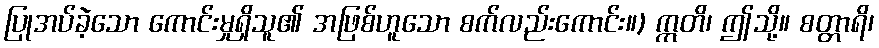
ပြုအပ်ခဲ့သော ကောင်းမှုရှိသူ၏ အဖြစ်ဟူသော စက်လည်းကောင်း။) ဣတိ၊ ဤသို့။ စတ္တာရိ၊